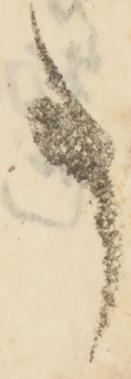
事